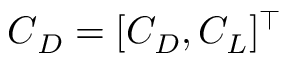
\boldsymbol { C } _ { D } = [ C _ { D } , C _ { L } ] ^ { \top }